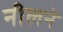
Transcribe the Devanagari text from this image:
नीलने